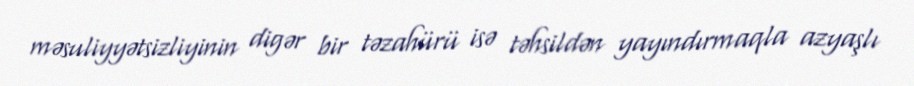
məsuliyyətsizliyinin digər bir təzahürü isə təhsildən yayındırmaqla azyaşlı